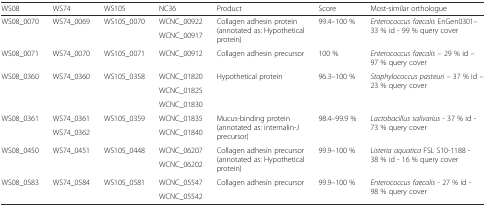
| WS08 | WS74 | WS105 | NC36 | Product | Score | Most-similar orthologue |
 | --- | --- | --- | --- | --- | --- | --- |
 | <ROWSPAN=2> WS08_0070 | <ROWSPAN=2> WS74_0069 | <ROWSPAN=2> WS105_0070 | WCNC_00922 | <ROWSPAN=2> Collagen adhesin protein (annotated as: Hypothetical protein) | <ROWSPAN=2> 99.4–100 % | <ROWSPAN=2> Enterococcus faecalis EnGen0301– 33 % id - 99 % query cover |
 | WCNC_00917 |
 | WS08_0071 | WS74_0070 | WS105_0071 | WCNC_00912 | Collagen adhesin precursor | 100 % | Enterococcus faecalis – 29 % id – 97 % query cover |
 | <ROWSPAN=3> WS08_0360 | <ROWSPAN=3> WS74_0360 | <ROWSPAN=3> WS105_0358 | WCNC_01820 | <ROWSPAN=3> Hypothetical protein | <ROWSPAN=3> 96.3–100 % | <ROWSPAN=3> Staphylococcus pasteuri – 37 % id – 23 % query cover |
 | WCNC_01825 |
 | WCNC_01830 |
 | <ROWSPAN=2> WS08_0361 | WS74_0361 | <ROWSPAN=2> WS105_0359 | WCNC_01835 | <ROWSPAN=2> Mucus-binding protein (annotated as: internalin-J precursor) | <ROWSPAN=2> 98.4–99.9 % | <ROWSPAN=2> Lactobacillus salivarius - 37 % id - 73 % query cover |
 | WS74_0362 | WCNC_01840 |
 | <ROWSPAN=2> WS08_0450 | <ROWSPAN=2> WS74_0451 | <ROWSPAN=2> WS105_0448 | WCNC_06207 | <ROWSPAN=2> Collagen adhesin precursor (annotated as: Hypothetical protein) | <ROWSPAN=2> 99.9–100 % | <ROWSPAN=2> Listeria aquatica FSL S10-1188 - 38 % id - 16 % query cover |
 | WCNC_06202 |
 | <ROWSPAN=2> WS08_0583 | <ROWSPAN=2> WS74_0584 | <ROWSPAN=2> WS105_0581 | WCNC_05547 | <ROWSPAN=2> Collagen adhesin precursor | <ROWSPAN=2> 99.9–100 % | <ROWSPAN=2> Enterococcus faecalis - 27 % id - 98 % query cover |
 | WCNC_05542 |